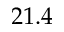
2 1 . 4